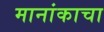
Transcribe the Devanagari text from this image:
मानांकाचा